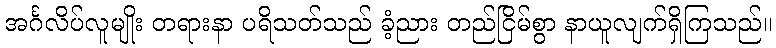
အင်္ဂလိပ်လူမျိုး တရားနာ ပရိသတ်သည် ခံ့ညား တည်ငြိမ်စွာ နာယူလျက်ရှိကြသည်။